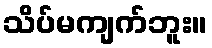
သိပ်မကျက်ဘူး။